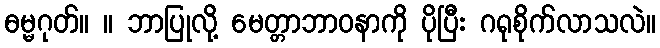
ဓမ္မဂုတ်။ ။ ဘာပြုလို့ မေတ္တာဘာဝနာကို ပိုပြီး ဂရုစိုက်လာသလဲ။